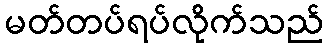
မတ်တပ်ရပ်လိုက်သည်